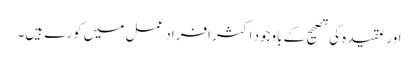
اور عقیدہ کی تصحیح کے باوجود اکثر افراد عمل میں کورے ہیں۔